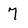
Character: 7